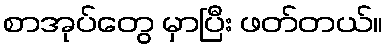
စာအုပ်တွေ မှာပြီး ဖတ်တယ်။